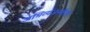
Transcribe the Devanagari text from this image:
अभिव्यंजनशैली